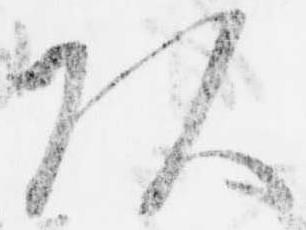
頭